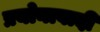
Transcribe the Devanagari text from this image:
प्रयोनावादी